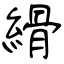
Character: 縎